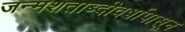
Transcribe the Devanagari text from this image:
जन्मशताब्दीवर्षापासून